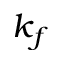
k _ { f }